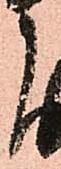
よ